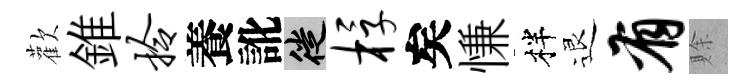
歡錐拎養訛徙桴矣慊柈退有賖